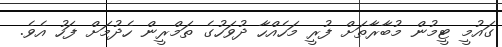
ގައުމީ ޓީމުން މުބާރާތަށް ފުރީ މަހެއްހާ ދުވަހުގެ ތަމްރީން ހެދުމަށް ފަހު އެވެ.